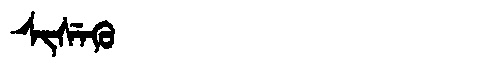
Manchu: ᠰᡳᠰᡝᡴᡠ
Romanization: SISEKU